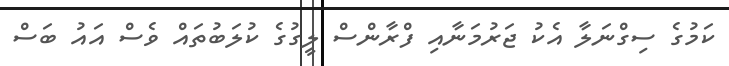
ކަމުގެ ސިގްނަލާ އެކު ޖަރުމަނާއި ފްރާންސް ލީގުގެ ކުލަބުތައް ވެސް އައު ބަސް